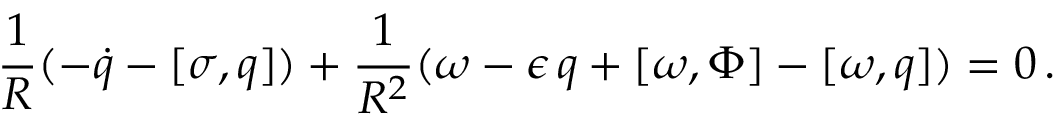
\frac { 1 } { R } ( - \dot { q } - [ \sigma , q ] ) + \frac { 1 } { R ^ { 2 } } ( \omega - \epsilon \, q + [ \omega , \Phi ] - [ \omega , q ] ) = 0 \, .